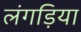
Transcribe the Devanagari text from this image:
लंगड़िया